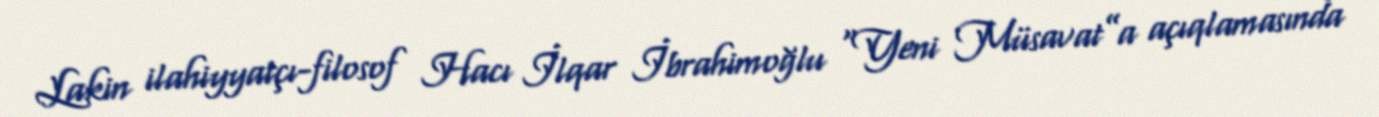
Lakin ilahiyyatçı-filosof Hacı İlqar İbrahimoğlu “Yeni Müsavat”a açıqlamasında